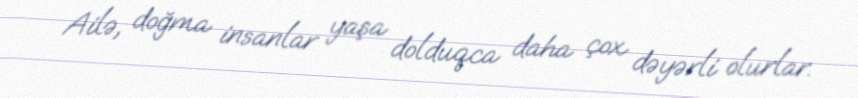
Ailə, doğma insanlar yaşa dolduqca daha çox dəyərli olurlar.